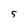
Character: S